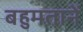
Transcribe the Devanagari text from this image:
बहुमतानें